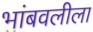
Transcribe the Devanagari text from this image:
भांबवलीला